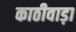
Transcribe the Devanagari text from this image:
काठीवाड़ा